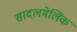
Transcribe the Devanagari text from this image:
सादलमेलिक